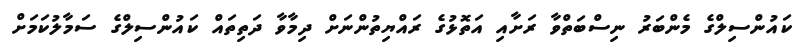
ކައުންސިލްގެ މެންބަރު ނިސްބަތްވާ ރަށާއި އަތޮޅުގެ ރައްޔިތުންނަށް ދިމާވާ ދަތިތައް ކައުންސިލްގެ ސަމާލުކަމަށް